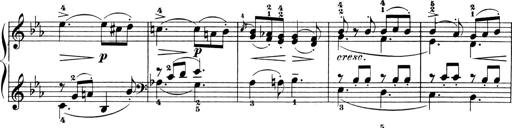
Title: 6 Piano Sonatinas
Composer: Cornelius Gurlitt